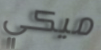
ميكي